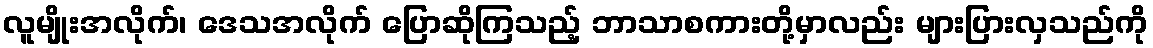
လူမျိုးအလိုက်၊ ဒေသအလိုက် ပြောဆိုကြသည့် ဘာသာစကားတို့မှာလည်း များပြားလှသည်ကို